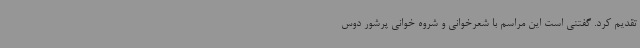
تقدیم کرد. گفتنی است این مراسم با شعرخوانی و شروه خوانی پرشور دوس